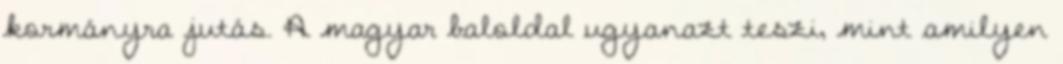
kormányra jutás. A magyar baloldal ugyanazt teszi, mint amilyen